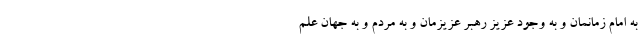
به امام زمانمان و به وجود عزیز رهبر عزیزمان و به مردم و به جهان علم